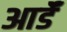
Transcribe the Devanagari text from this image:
आर्डॅ